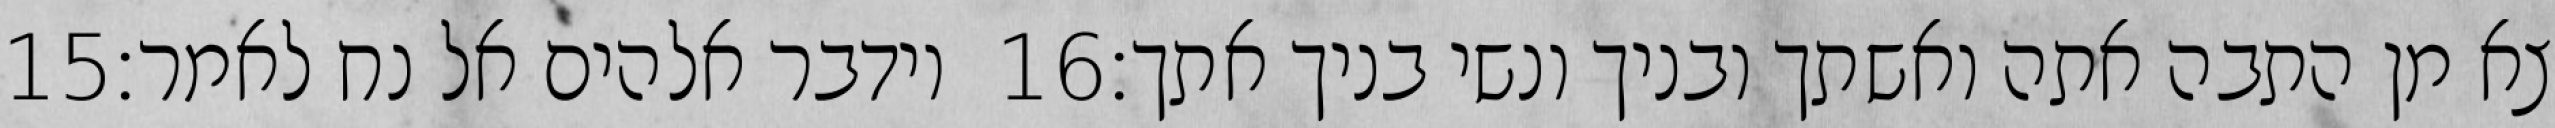
‎15‏ וידבר אלהים אל נח לאמר׃ ‎16‏ צא מן התבה אתה ואשתך ובניך ונשי בניך אתך׃